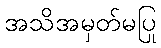
အသိအမှတ်မပြု